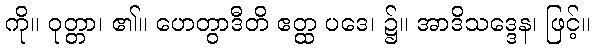
ကို။ ဝုတ္တာ၊ ၏။ ဟေတွာဒီတိ ဧတ္ထ ပဒေ၊ ၌။ အာဒိသဒ္ဒေန၊ ဖြင့်။